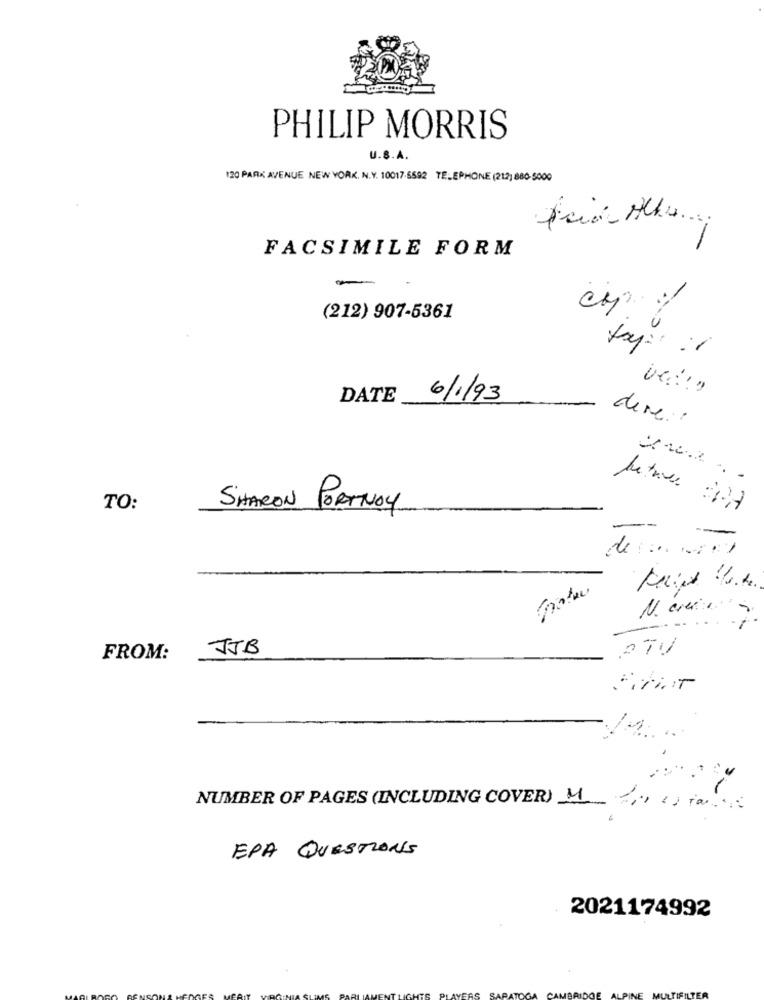
PHILIP MORRIS
U.S.A.
120 PARK AVENUE NEW YORK. N.Y. 10017-5592 TELEPHONE (212) 880-5000
-
FACSIMILE FORM
-
(212) 907-5361
toy: : 1
ve ! ! "
DATE
6/1/93
dere .:
TO:
SHARON PORTNOY
de ....... )
N. ever .
JJB
FROM:
NUMBER OF PAGES (INCLUDING COVER) M 2, 12 To00
EPA QUESTIONS
2021174992